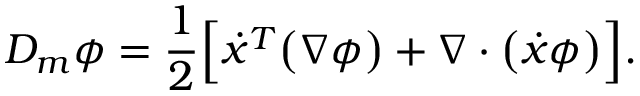
D _ { m } \phi = \frac { 1 } { 2 } \Big [ \dot { x } ^ { T } \big ( \nabla \phi \big ) + \nabla \cdot \big ( \dot { x } \phi \big ) \Big ] .